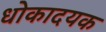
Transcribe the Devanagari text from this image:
धोकादयक